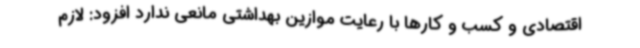
اقتصادی و کسب و کارها با رعایت موازین بهداشتی مانعی ندارد افزود: لازم